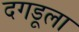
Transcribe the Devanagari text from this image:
दगडूला